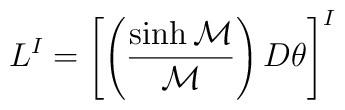
L^{ I}  =\left[ \left({\sinh {\cal M} \over {\cal M}}\right) D\theta \right]^{I}